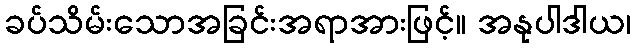
ခပ်သိမ်းသောအခြင်းအရာအားဖြင့်။ အနုပါဒါယ၊